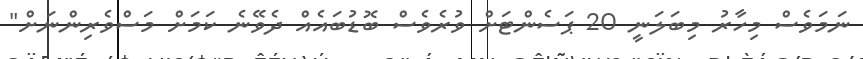
ނަމަވެސް މިހާރު މިބަލަނީ 20 ޕަސެންޓަށް ވުރެވެސް ބޮޑުބައެއް ދެވޭނެ ކަމަށް މަސްވެރިންނަށް"